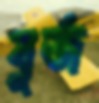
বুর্জ